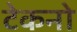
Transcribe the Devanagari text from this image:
टेकनो